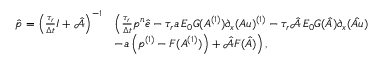
\begin{array} { r l } { \hat { \boldsymbol { p } } = \left( \frac { \tau _ { r } } { \Delta t } \boldsymbol { I } + \hat { \mathcal { A } } \right) ^ { - 1 } } & { \Big ( \frac { \tau _ { r } } { \Delta t } p ^ { n } \boldsymbol { \hat { e } } - \tau _ { r } \boldsymbol { a } \, E _ { 0 } G ( A ^ { ( 1 ) } ) \partial _ { x } ( A u ) ^ { ( 1 ) } - \tau _ { r } \hat { \mathcal { A } } \, E _ { 0 } \boldsymbol { G } ( \boldsymbol { \hat { A } } ) \partial _ { x } ( \boldsymbol { \hat { A u } } ) } \\ & { - \boldsymbol { a } \left( p ^ { ( 1 ) } - F ( A ^ { ( 1 ) } ) \right) + \hat { \mathcal { A } } \boldsymbol { F } ( \boldsymbol { \hat { A } } ) \Big ) \, , } \end{array}